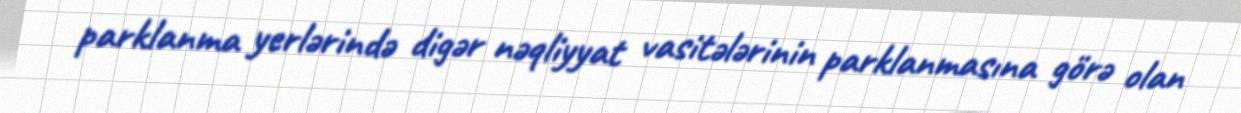
parklanma yerlərində digər nəqliyyat vasitələrinin parklanmasına görə olan